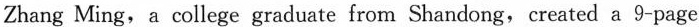
can communicate more by using new technology.Why should we keep our parents out?”said Zhang。